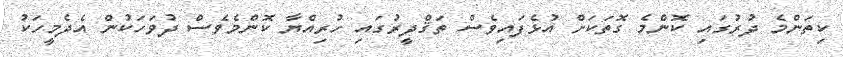
ކިތަންމެ ދުރުގައި ކޮންމެ ގޮތަކަށް އުޅެފައިވެސް ތަޤްދީރުގައި ހުރިއްޔާ ކޮންމެވެސް ދުވަހަކުން އެދެމީހަކު